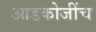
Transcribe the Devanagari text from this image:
आडकोजींच